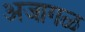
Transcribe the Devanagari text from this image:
अजागळ